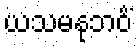
ယသမနုဘဝိံ